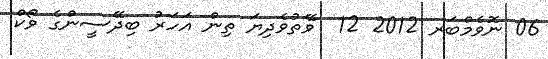
06 ނޮވެމްބަރ 2012 12  ވޭތުވެދިޔަ ތިން އަހަރު ބިދޭސީންގެ ވޯކް